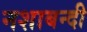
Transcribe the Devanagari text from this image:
नशाबन्दी